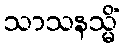
သာသနသ္မိံ